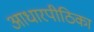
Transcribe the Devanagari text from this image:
आधारपीठिका